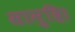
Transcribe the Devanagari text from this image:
सामुद्रि।